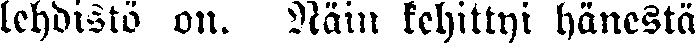
lehdistö on. Näin kehittyi hänestä